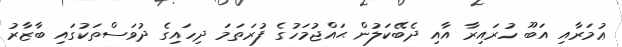
ޢުމަރާއި އަބޫ ހުރައިރާ އާއި ދެބޭކަލުން ޙައްޖުމަހުގެ ފުރަތަމަ ދިހައިގެ ދުވަސްތަކުގައި ބާޒާރު